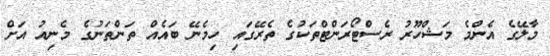
މާލޭގެ އެންމެ މަޝްހޫރު ރެސްޓޯރަންޓްތަކުގެ ތެރޭގައި ހިމެނޭ ބައެއް ތަންތަނުގެ މެނިއު އަށް